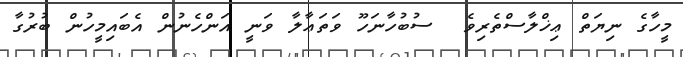
މީހާގެ ނިޔަތް ޢިޚްލާސްތެރިވެ  ސުބުހާނަހޫ ވަތަޢާލާ ވަނީ އަންހެނުން އެބައިމީހުން ބުރުގާ